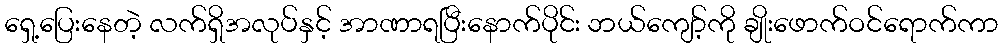
ရှေ့ပြေးနေတဲ့ လက်ရှိအလုပ်နှင့် အာဏာရပြီးနောက်ပိုင်း ဘယ်ကျော့်ကို ချိုးဖောက်ဝင်ရောက်ကာ